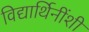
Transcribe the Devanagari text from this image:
विद्यार्थिनींशी